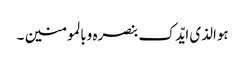
ہوالذی ایّدک بنصرہ وبالمومنین ۔